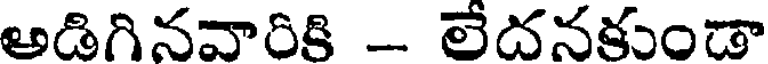
అడిగినవారికి - లేదనకుండా